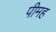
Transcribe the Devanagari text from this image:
पीमह